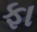
ફા